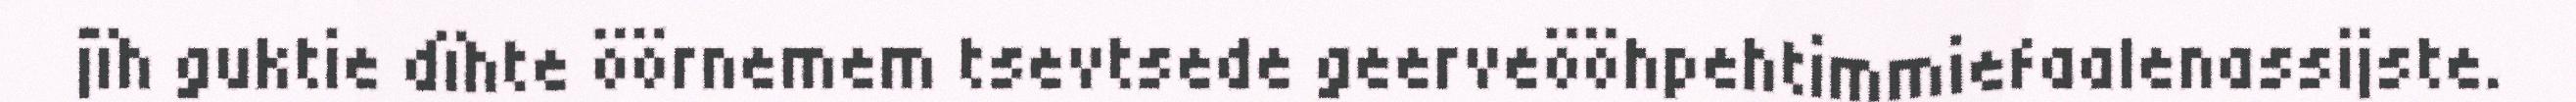
jïh guktie dïhte öörnemem tsevtsede geerveööhpehtimmiefaalenassijste.